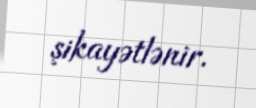
şikayətlənir.